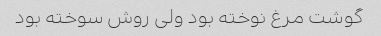
گوشت مرغ نوخته بود ولی روش سوخته بود